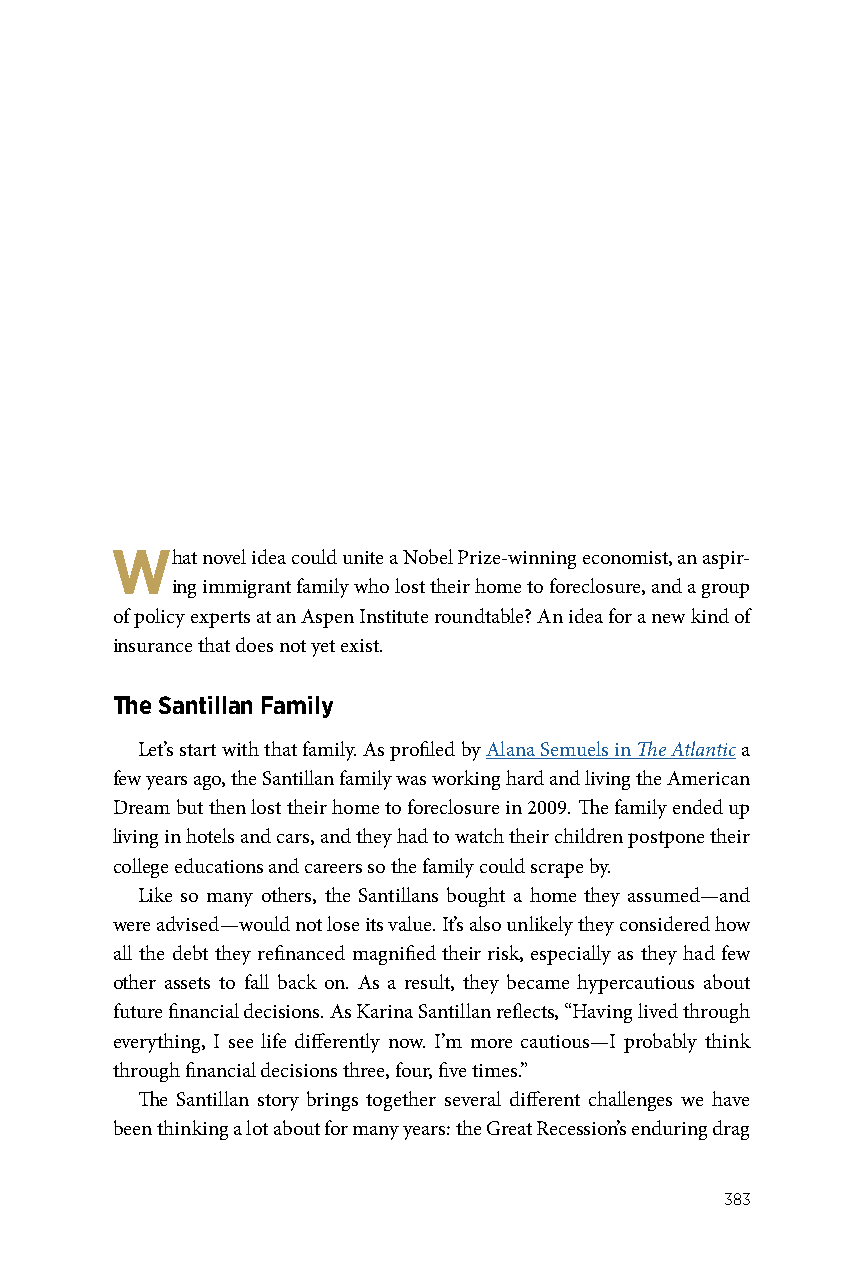
What  novel idea could unite a Nobel Prize-winning economist, an aspir-
 ing immigrant family who lost their home to foreclosure, and a group
 of policy experts at an Aspen Institute roundtable? An idea for a new kind of
 insurance that does not yet exist.
 The Santillan Family
 Let’s start with that family. As profiled by Alana Semuels in The Atlantic a
 few years ago, the Santillan family was working hard and living the American
 Dream but then lost their home to foreclosure in 2009. The family ended up
 living in hotels and cars, and they had to watch their children postpone their
 college educations and careers so the family could scrape by.
 Like so many others, the Santillans bought a home they assumed—and
 were advised—would not lose its value. It’s also unlikely they considered how
 all the debt they refinanced magnified their risk, especially as they had few
 other assets to fall back on. As a result, they became hypercautious about
 future financial decisions. As Karina Santillan reflects, “Having lived through
 everything, I see life differently now. I’m more cautious—I probably think
 through financial decisions three, four, five times.”
 The Santillan story brings together several different challenges we have
 been thinking a lot about for many years: the Great Recession’s enduring drag
 383